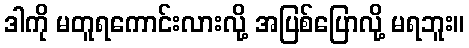
ဒါကို မတူရကောင်းလားလို့ အပြစ်ပြောလို့ မရဘူး။